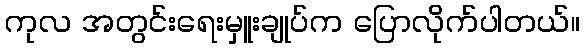
ကုလ အတွင်းရေးမှူးချုပ်က ပြောလိုက်ပါတယ်။